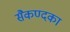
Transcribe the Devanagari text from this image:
सैकण्दका